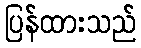
ပြန်ထားသည်